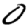
Digit: 0